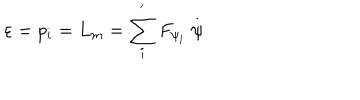
LaTeX: \varepsilon = p _ { i } = L _ { m } = \sum _ { i } ^ { ^ { \prime } } F _ { \psi _ { i } } \stackrel { . } { \psi }